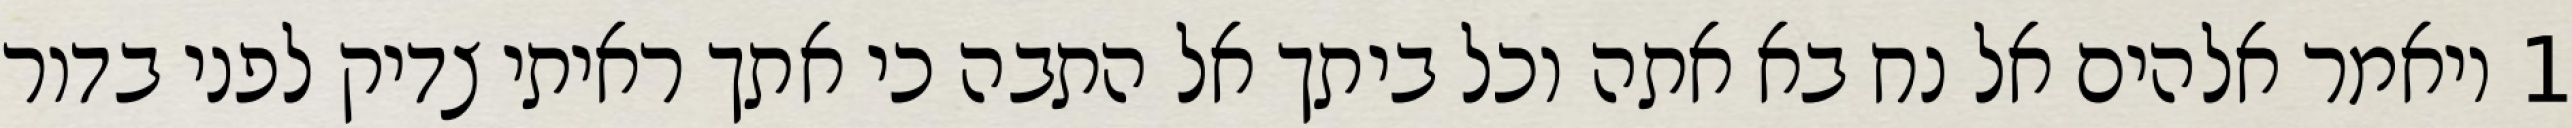
1 ויאמר אלהים אל נח בא אתה וכל ביתך אל התבה כי אתך ראיתי צדיק לפני בדור